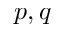
p , q